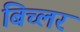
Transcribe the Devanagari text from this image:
बिच्लर